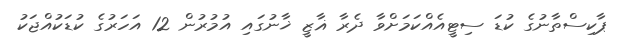
ޕާކިސްތާނުގެ ކުޑަ ސިޓީއެއްކަމަށްވާ ދެރާ ޣާޒީ ޚާނުގައި އުމުރުން 12 އަހަރުގެ ކުޑަކުއްޖަކު